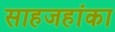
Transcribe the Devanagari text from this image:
साहजहांका